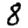
Digit: 8